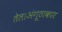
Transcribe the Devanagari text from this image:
तेल।अंगूठाकार